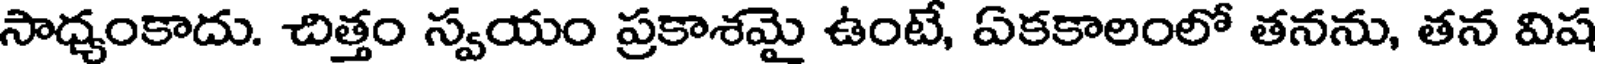
సాధ్యంకాదు. చిత్తం స్వయం ప్రకాశమై ఉంటే, ఏకకాలంలో తనను, తన విష